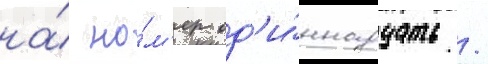
на́ но́м'ер од'и́ннадцать /